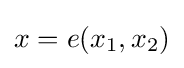
x=e(x_{1},x_{2})